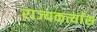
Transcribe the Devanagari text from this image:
राज्यकर्त्यास